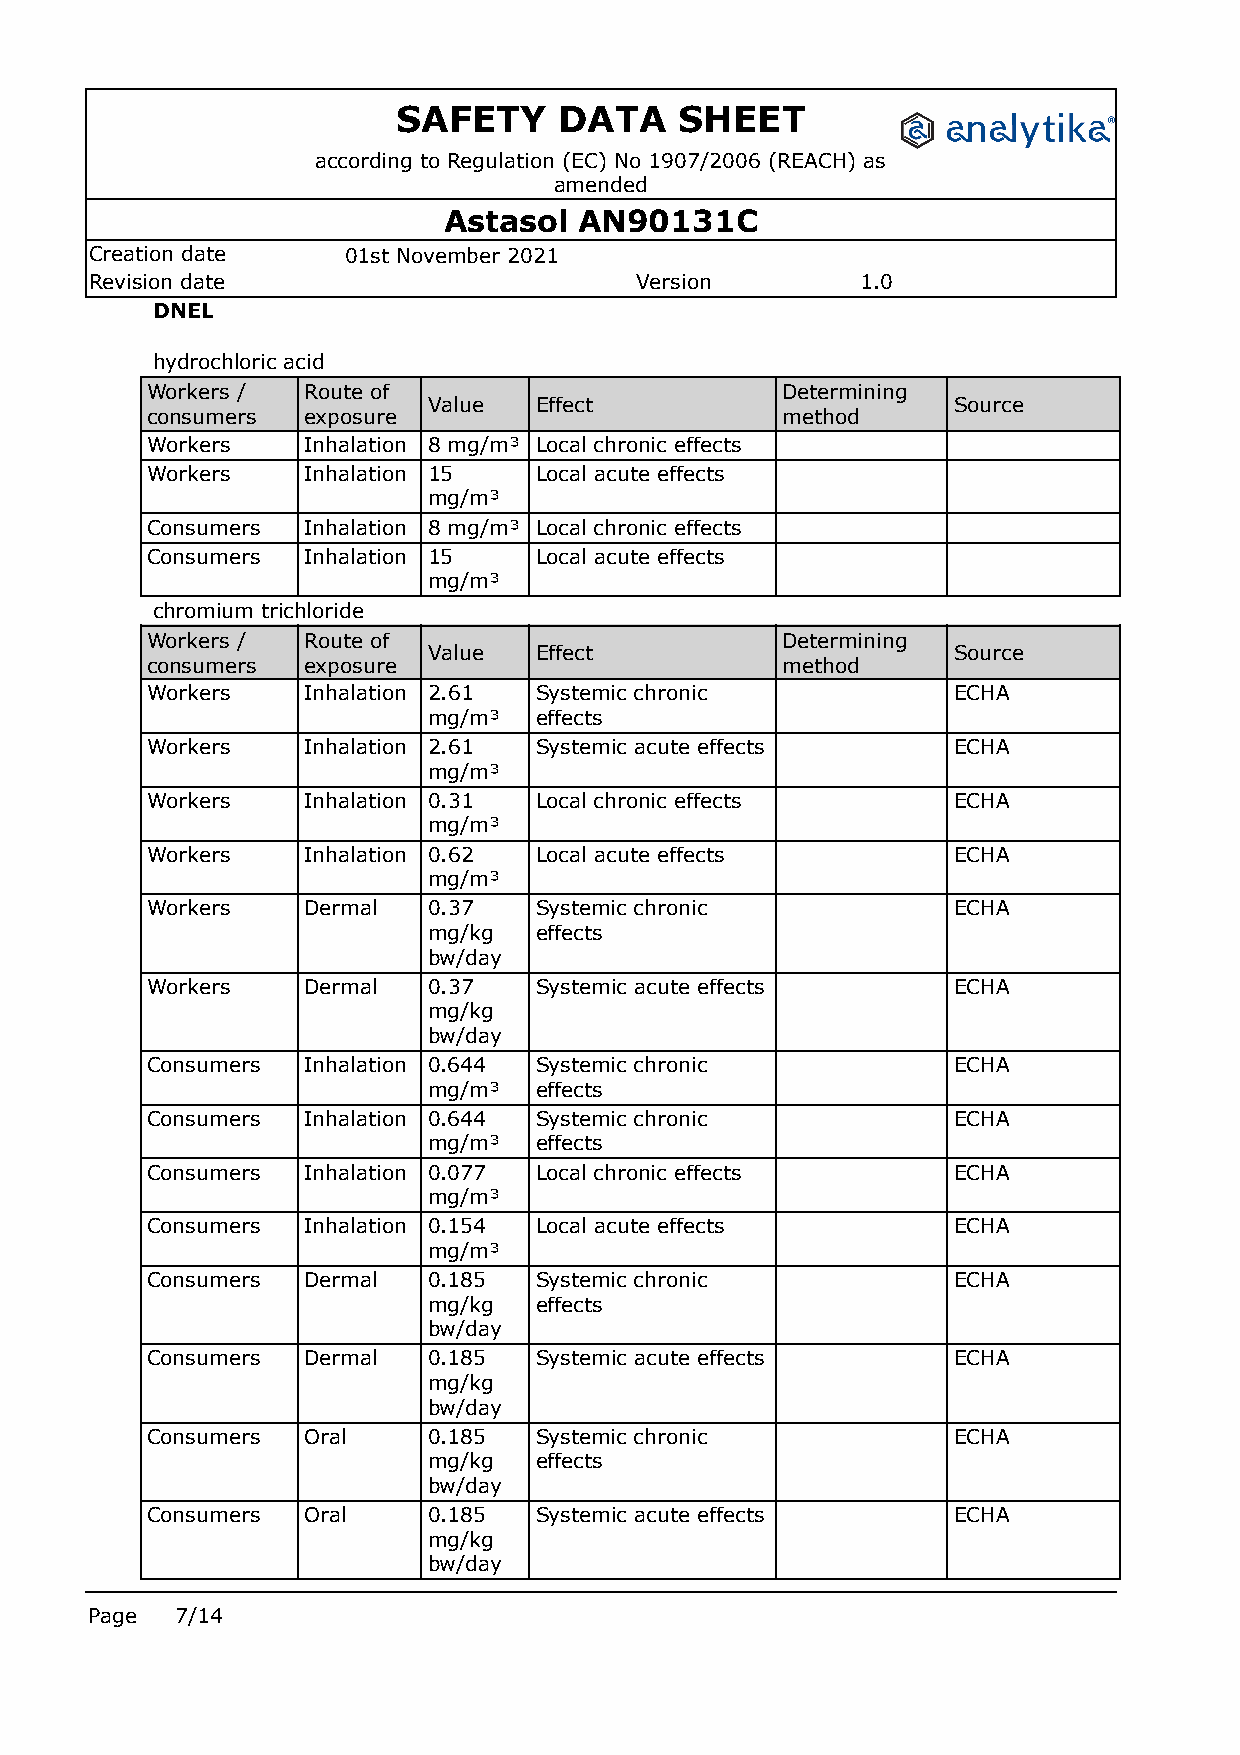
SAFETY     DATA    SHEET
 according to Regulation (EC) No 1907/2006 (REACH) as
 amended
 Astasol  AN90131C
 Creation date    01st November 2021
 Revision date                       Version        1.0
 DNEL
 hydrochloric acid
 Workers / Route of                        Determining
 Value  Effect                      Source
 consumers exposure                        method
 Workers   Inhalation 8 mg/m³ Local chronic effects
 Workers   Inhalation 15  Local acute effects
 mg/m³
 Consumers Inhalation 8 mg/m³ Local chronic effects
 Consumers Inhalation 15  Local acute effects
 mg/m³
 chromium trichloride
 Workers / Route of                        Determining
 Value  Effect                      Source
 consumers exposure                        method
 Workers   Inhalation 2.61 Systemic chronic           ECHA
 mg/m³  effects
 Workers   Inhalation 2.61 Systemic acute effects     ECHA
 mg/m³
 Workers   Inhalation 0.31 Local chronic effects      ECHA
 mg/m³
 Workers   Inhalation 0.62 Local acute effects        ECHA
 mg/m³
 Workers   Dermal  0.37   Systemic chronic            ECHA
 mg/kg  effects
 bw/day
 Workers   Dermal  0.37   Systemic acute effects      ECHA
 mg/kg
 bw/day
 Consumers Inhalation 0.644 Systemic chronic          ECHA
 mg/m³  effects
 Consumers Inhalation 0.644 Systemic chronic          ECHA
 mg/m³  effects
 Consumers Inhalation 0.077 Local chronic effects     ECHA
 mg/m³
 Consumers Inhalation 0.154 Local acute effects       ECHA
 mg/m³
 Consumers Dermal  0.185  Systemic chronic            ECHA
 mg/kg  effects
 bw/day
 Consumers Dermal  0.185  Systemic acute effects      ECHA
 mg/kg
 bw/day
 Consumers Oral    0.185  Systemic chronic            ECHA
 mg/kg  effects
 bw/day
 Consumers Oral    0.185  Systemic acute effects      ECHA
 mg/kg
 bw/day
 Page  7/14